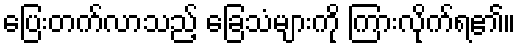
ပြေးတက်လာသည့် ခြေသံများကို ကြားလိုက်ရ၏။